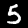
Digit: 5